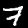
Digit: 7